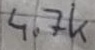
Text: 4.7k